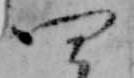
四